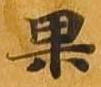
果